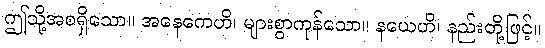
ဤသို့အစရှိသော။ အနေကေဟိ၊ များစွာကုန်သော။ နယေဟိ၊ နည်းတို့ဖြင့်။